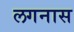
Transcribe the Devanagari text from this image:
लगनास